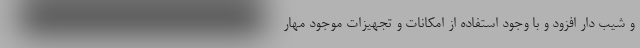
و شیب دار افزود و با وجود استفاده از امکانات و تجهیزات موجود مهار